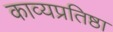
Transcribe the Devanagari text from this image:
काव्यप्रतिष्ठा